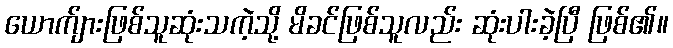
ယောက်ျားဖြစ်သူဆုံးသကဲ့သို့ မိခင်ဖြစ်သူလည်း ဆုံးပါးခဲ့ပြီ ဖြစ်၏။